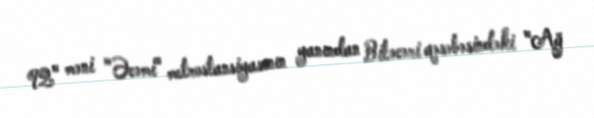
92" məni "Əcəmi" metrostansiyasının yanından Biləcəri qəsəbəsindəki "Ağ